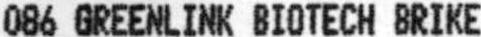
086 GREENLINK BIOTECH BRIKE